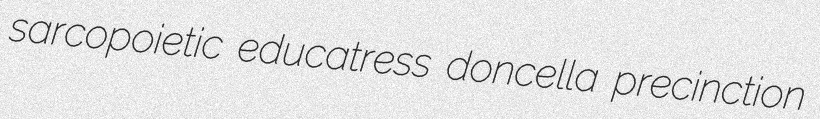
sarcopoietic educatress doncella precinction